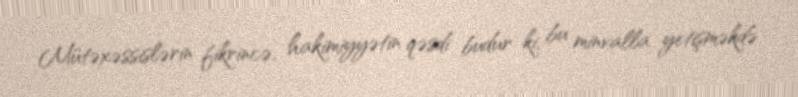
Mütəxəssislərin fikrincə, hakimiyyətin qəsdi budur ki, bu minvalla yetişməkdə